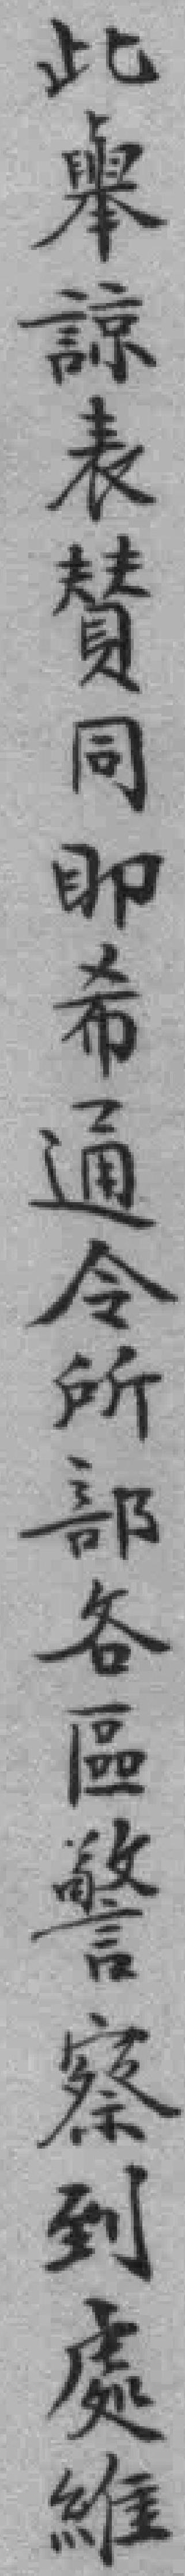
此舉諒表賛同即希通令所部各區警察到處維